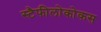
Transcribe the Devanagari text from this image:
स्टैफीलोकोकस